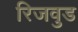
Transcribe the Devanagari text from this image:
रिजवुड